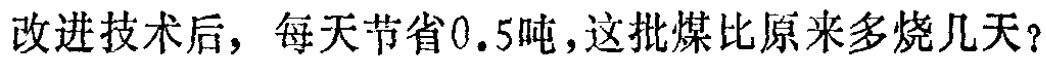
改进技术后，每天节省0.5吨，这批煤比原来多烧几天？